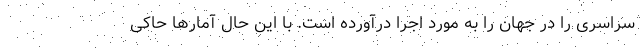
سراسری را در جهان را به مورد اجرا درآورده است. با این حال آمارها حاکی